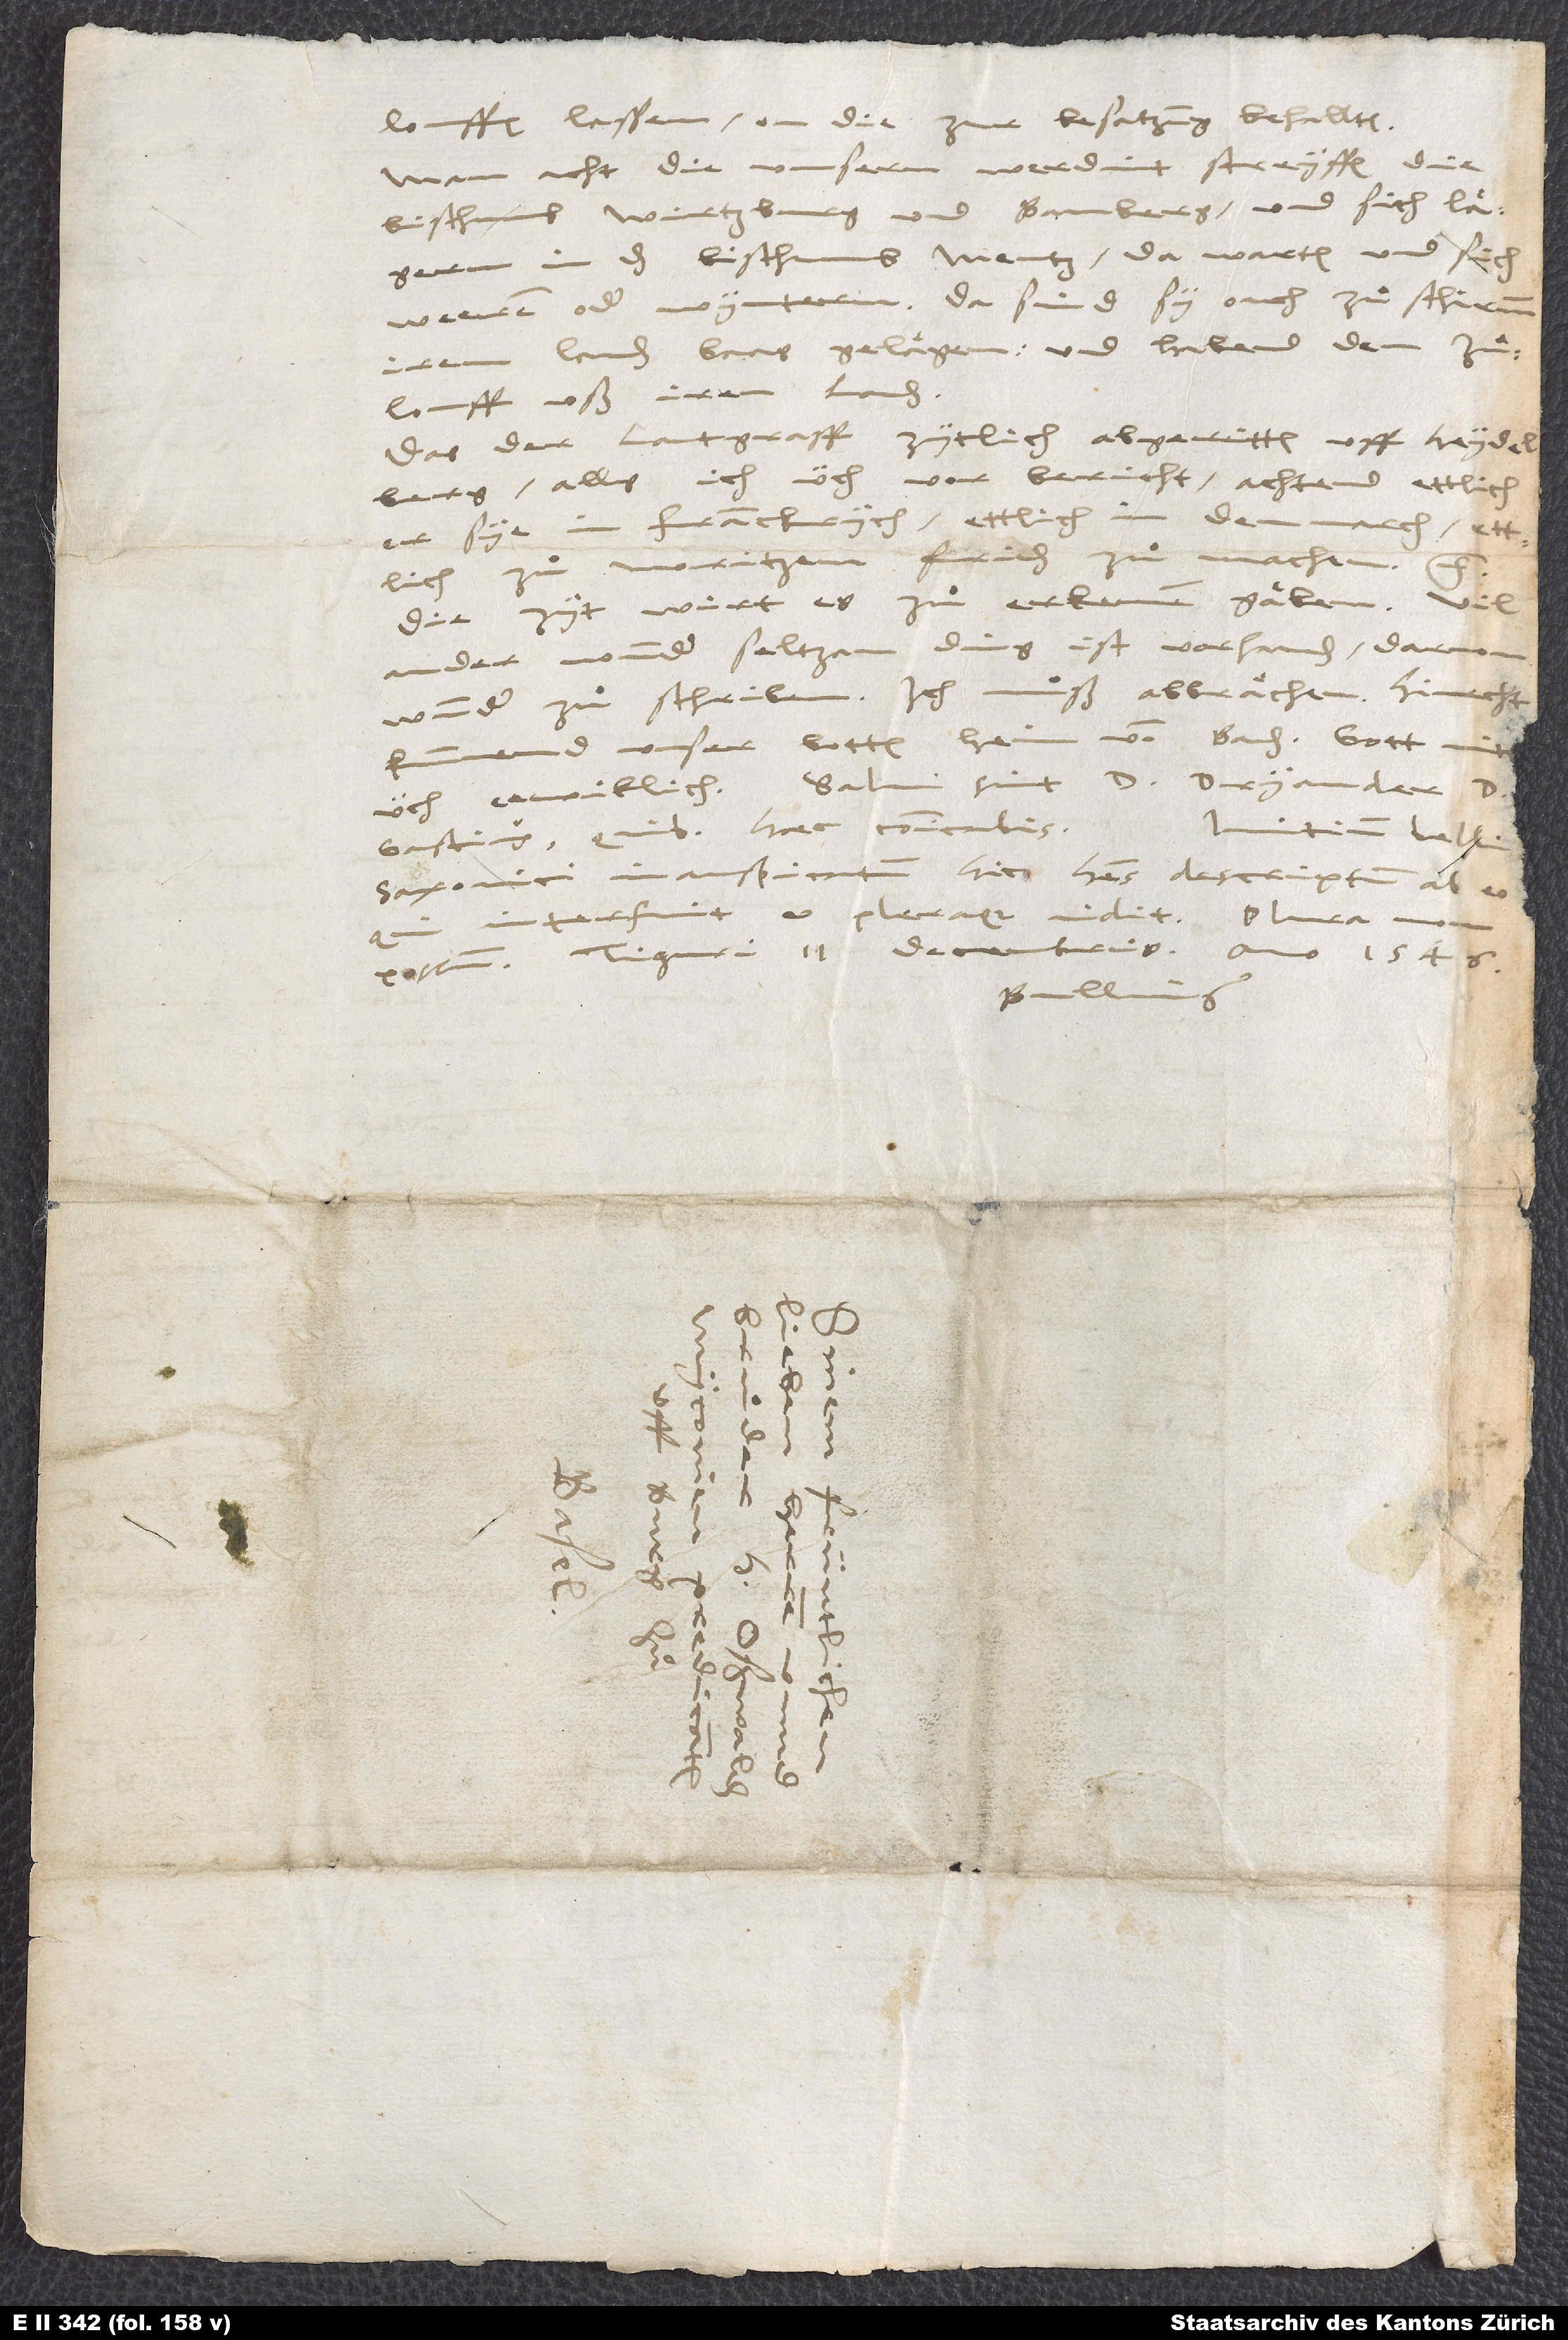
louffen lassen, on die zur besatzung behallten.
Man acht, die unsern werdint streyffen die
bisthumb Wirtzburg und Bamberg, und sich laͤgern
in das bisthumb Mentz, da warten und sich
weeren oder wyntern. Da sind sy ouch zuͦ schirmm
irem landen baas gelaͤ gen und habent den zuͦlouff
uß iren landen.
Das der lantgraff zytlich abgeritten uff Heydelberg,
alls ich üch vor bericht, achtend ettlich,
er sye in Franckrych, ettlich in Denmarch, ettlich
zuͦ Moritzen, friden zuͦ machen, etc.
Die zyt wirt es zuͦ erkennen gaͤben. Vil
ander wunderseltzam ding ist vorhanden, darvon
wunder zuͦ schriben. Ich muͦß abbraͤchen.
kummend unser botten heim von Baden.
üch eewiklich! Salvi sint d. Dryander, d.
Initium belli
Gastius, quibus haec communicabis.
Saxonici inauspicatum hic habes descriptum ab eo,
interfuit et pleraque vidit.
possum. Tiguri, 11. decembris anno 1546.
Bullinger.